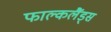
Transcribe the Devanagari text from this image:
फाल्कलैंड्स